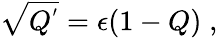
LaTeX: \sqrt{Q^{'}}=\epsilon(1-Q)\; ,